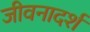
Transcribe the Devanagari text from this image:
जीवनादर्श